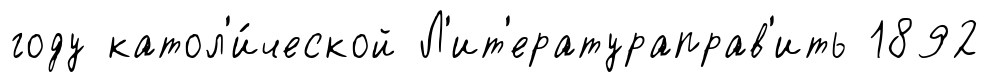
году катол'и́ческой Л'ит'ератураправ'ить 1892